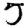
Digit: 5